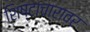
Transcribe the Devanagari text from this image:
शिष्टाचारावर